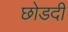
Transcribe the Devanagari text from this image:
छोडदी